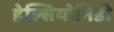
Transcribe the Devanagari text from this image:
हेल्सियोनिडी